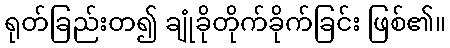
ရုတ်ခြည်းတ၍ ချုံခိုတိုက်ခိုက်ခြင်း ဖြစ်၏။